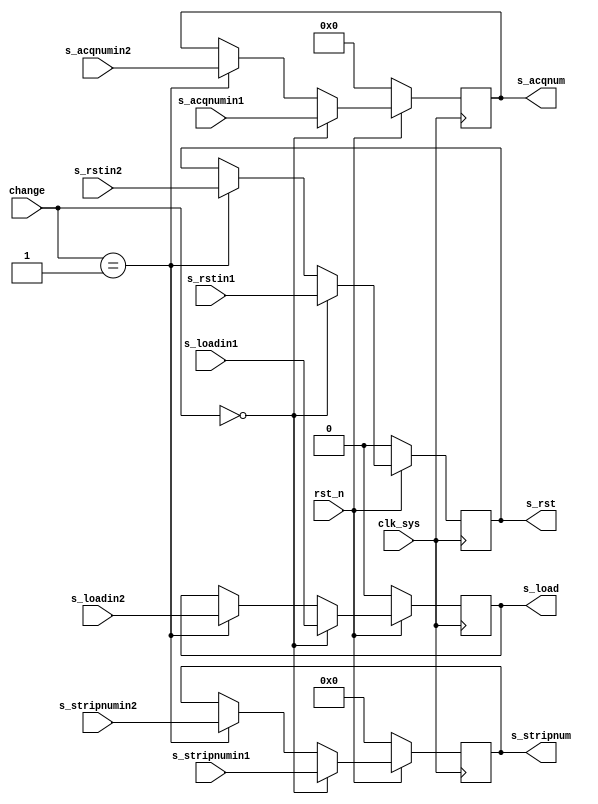
// s_acq_change.v

module s_acq_change(
                     rst_n,
                     clk_sys,
                     change,
                     s_load,
                     s_loadin1,
                     s_loadin2,
                     s_rst,
                     s_rstin1,
                     s_rstin2,
                     //s_start,
                     //s_startin1,
                     //s_startin2,
                     s_acqnum,
                     s_acqnumin1,
                     s_acqnumin2,
                     s_stripnum,
                     s_stripnumin1,
                     s_stripnumin2
                     );

input rst_n;
input clk_sys;
input [1:0] change;

output s_load;
input  s_loadin1;
input  s_loadin2;
reg    s_load;

output s_rst;
input  s_rstin1;
input  s_rstin2;
reg    s_rst;

//output s_start;
//input  s_startin1;
//input  s_startin2;
//reg    s_start;

output [15:0] s_acqnum;
input  [15:0] s_acqnumin1;
input  [15:0] s_acqnumin2;
reg    [15:0] s_acqnum;

output [11:0] s_stripnum;
input  [11:0] s_stripnumin1;
input  [11:0] s_stripnumin2;
reg    [11:0] s_stripnum;

always @ (posedge clk_sys)
    begin
         if (rst_n == 1'b0)
             begin
                  s_load     <= 1'b0;
                  s_rst      <= 1'b0;
                  //s_start    <= 1'b0;
                  s_acqnum   <= 16'b0;
                  s_stripnum <= 12'b0;
             end
         else
             begin
                  if (change == 2'b00)
                      begin
                           s_load     <= s_loadin1;
                           s_rst      <= s_rstin1;
                           //s_start    <= s_startin1;
                           s_acqnum   <= s_acqnumin1;
                           s_stripnum <= s_stripnumin1;
                      end
                  else if (change == 2'b01)
                      begin
                           s_load     <= s_loadin2;
                           s_rst      <= s_rstin2;
                           //s_start    <= s_startin2;
                           s_acqnum   <= s_acqnumin2;
                           s_stripnum <= s_stripnumin2;
                      end
                  else
                      begin
                           s_load     <= s_load;
                           s_rst      <= s_rst;
                           //s_start    <= s_start;
                           s_acqnum   <= s_acqnum;
                           s_stripnum <= s_stripnum;
                      end
             end
    end

endmodule